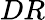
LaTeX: DR